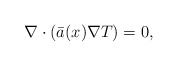
\begin{align*}\nabla \cdot (\bar{a} (x) \nabla T) = 0, \end{align*}